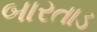
બારતાડ